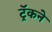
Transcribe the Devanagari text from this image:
ट्रॅकने